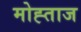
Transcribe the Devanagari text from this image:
मोह्ताज